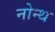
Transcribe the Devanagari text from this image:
नोन्थ